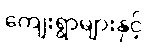
ကျေးရွာများနှင့်